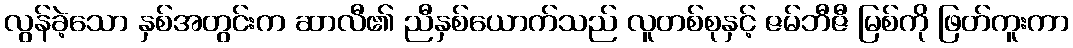
လွန်ခဲ့သော နှစ်အတွင်းက ဆာလီ၏ ညီနှစ်ယောက်သည် လူတစ်စုနှင့် ဇမ်ဘီဇီ မြစ်ကို ဖြတ်ကူးကာ